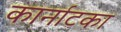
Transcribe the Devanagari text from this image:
कार्नाटका